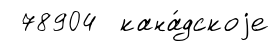
78904 кана́дскоjе